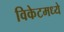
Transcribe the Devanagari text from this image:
विकेटमध्ये